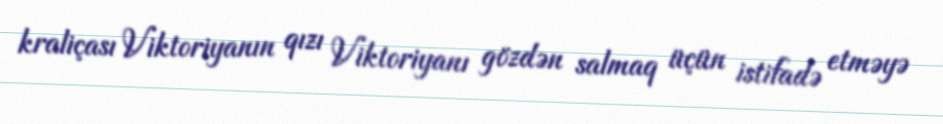
kraliçası Viktoriyanın qızı Viktoriyanı gözdən salmaq üçün istifadə etməyə